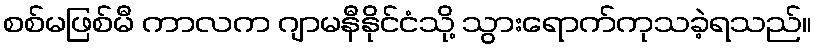
စစ်မဖြစ်မီ ကာလက ဂျာမနီနိုင်ငံသို့ သွားရောက်ကုသခဲ့ရသည်။